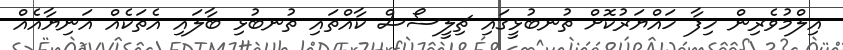
އިލްމުވެރިން ހިފާ ހައްޔަރުކޮށް ތުނބުޅީގައި ޗިލީސޯސް ކާއްތައި ތުނބުޅި ބާލައި އެތަކެއް އަނިޔާއެއް